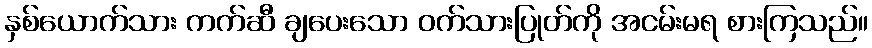
နှစ်ယောက်သား ကက်ဆီ ချပေးသော ဝက်သားပြုတ်ကို အငမ်းမရ စားကြသည်။